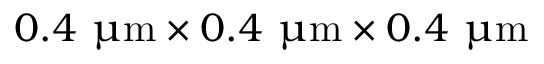
0 . 4 ~ { \upmu \mathrm { m } } \times 0 . 4 ~ { \upmu \mathrm { m } } \times 0 . 4 ~ { \upmu \mathrm { m } }